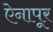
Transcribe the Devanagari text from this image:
ऐनापूर